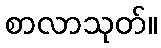
စာလာသုတ်။